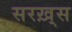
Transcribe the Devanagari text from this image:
सरख़्स